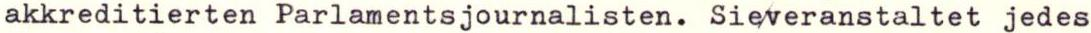
akkreditierten Parlamentsjournalisten. Sieveranstaltet jedes